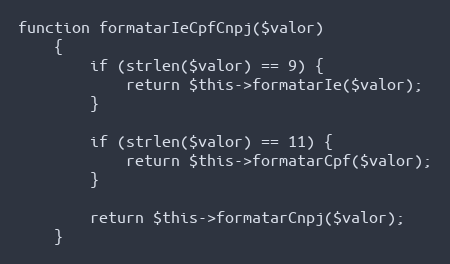
Language: PHP
function formatarIeCpfCnpj($valor)
    {
        if (strlen($valor) == 9) {
            return $this->formatarIe($valor);
        }

        if (strlen($valor) == 11) {
            return $this->formatarCpf($valor);
        }

        return $this->formatarCnpj($valor);
    }